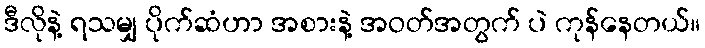
ဒီလိုနဲ့ ရသမျှ ပိုက်ဆံဟာ အစားနဲ့ အဝတ်အတွက် ပဲ ကုန်နေတယ်။